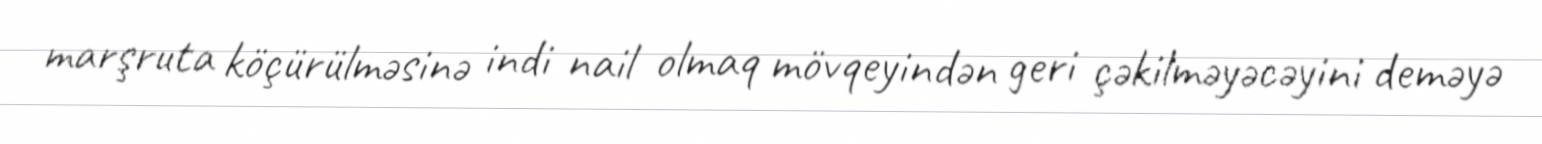
marşruta köçürülməsinə indi nail olmaq mövqeyindən geri çəkilməyəcəyini deməyə